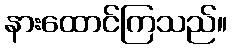
နားထောင်ကြသည်။